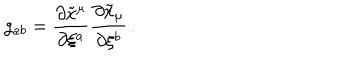
g _ { a b } = \frac { \partial \tilde { x } ^ { \mu } } { \partial \xi ^ { a } } \frac { \partial \tilde { x } _ { \mu } } { \partial \xi ^ { b } } \, .